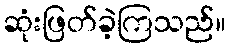
ဆုံးဖြတ်ခဲ့ကြသည်။